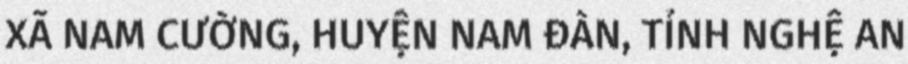
XÃ NAM CƯỜNG, HUYỆN NAM ĐÀN, TỈNH NGHỆ AN